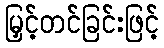
မြှင့်တင်ခြင်းဖြင့်